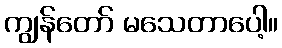
ကျွန်တော် မသေတာပေါ့။